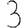
Digit: 3